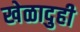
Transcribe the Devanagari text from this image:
खेळादुही